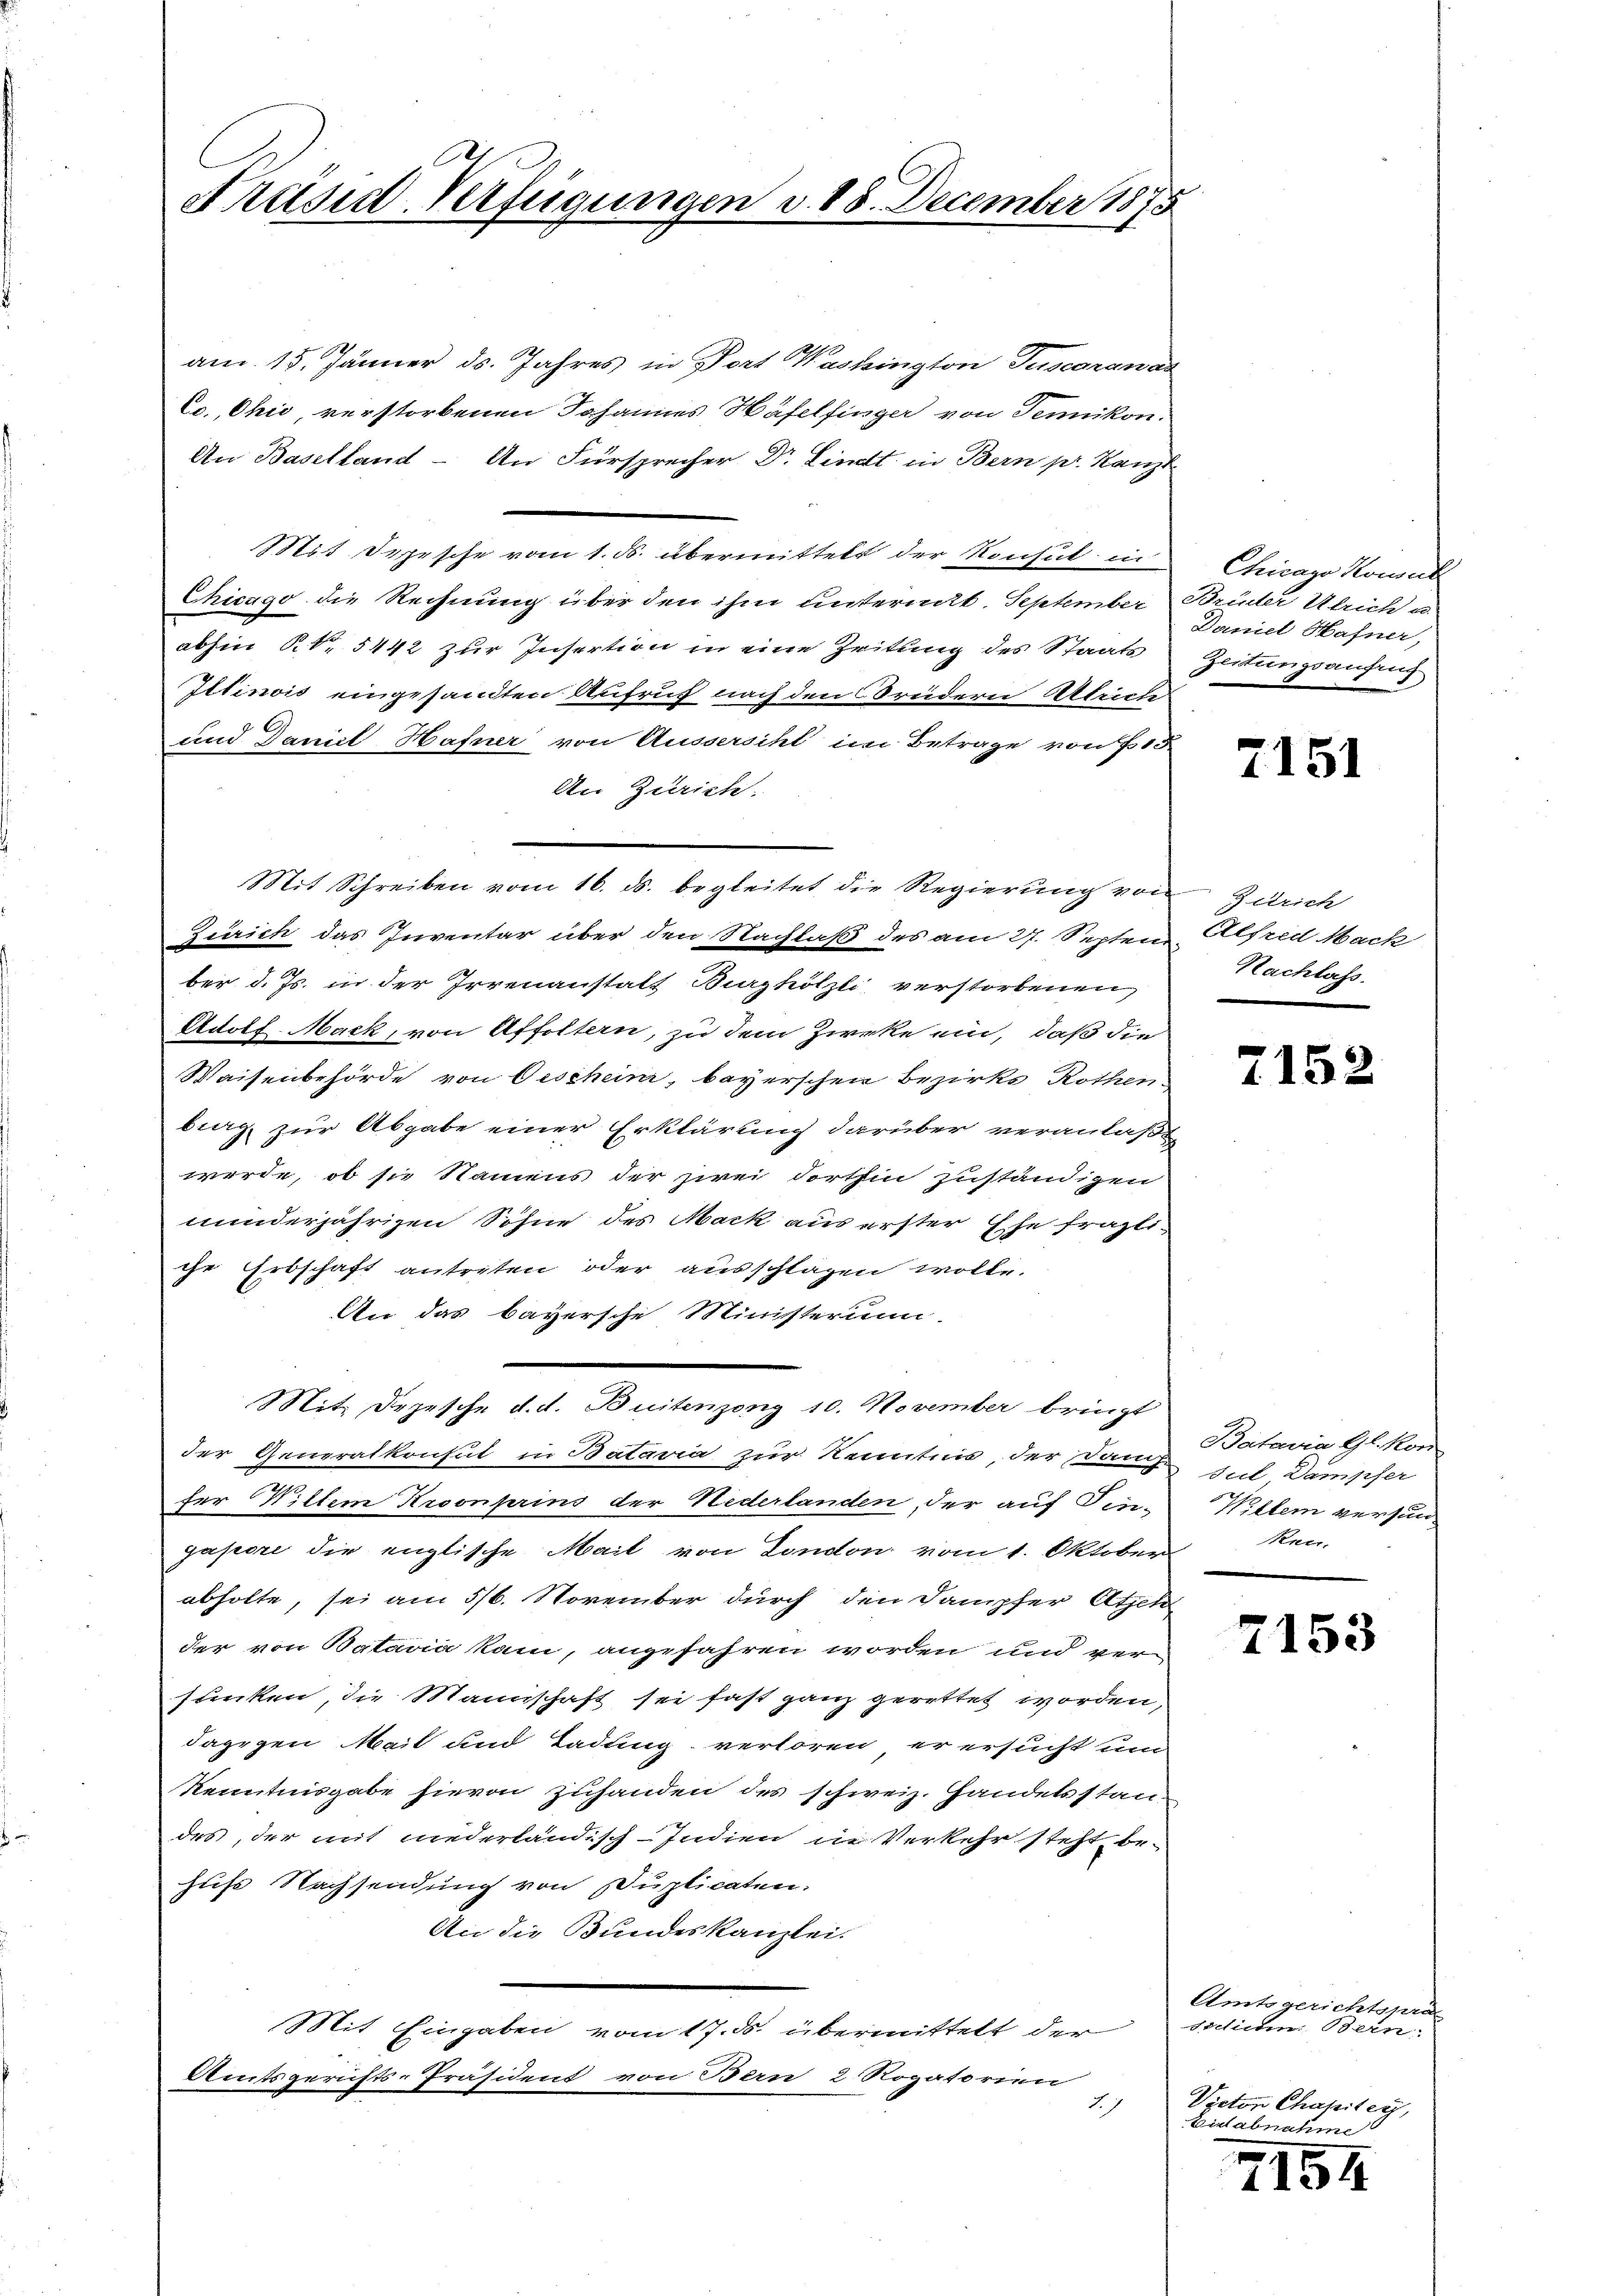
Präsid-Verfügungen v. 18. December 1875

am 15. Jänner ds. Jahres in Port Washington Tuscaranad
Co. Ohić verstorbenen Johannes Häfelfinger von Senikon:
An Baselland - An Fürsprecher Dr. Lindt in Bern pr. Kanzl
Mit Depesche vom 1. d. übermittelt der Konsul in
Chicago die Rechnung über den ihm unternit. September Brüder Ulrich u.
abhin R. 5442 zur Insertion in eine Zeitung des Staats
Itinois eingesandten Aufruf nach den Brüdern Attriche
und Daniel Hafner von Aussersicht im Betrage von 13
An Zürich.
Zürich das Inventar über den Nachlaß des am 27. Septen
ber d. Js. in der Irrenanstalt Burghölzli verstorbenen
Adolf Mack, von Affoltern, zu dem Zieke ein, daß die
Waisenbehörde von Oescheim, bayerschen Bezirks Rothen,
bieg zur Abgabe einer Erklärung darüber veranlaßt,
werde, ob sie Namens der zwei dorthin zuständigen
minderjährigen Söhne des Mack aus erster Ehe fragliche Erbschaft antreten oder ausschlagen wolle.
An das bayersche Ministerum.
it. Depesche d. d. Buitenzeng 10. November bringt
der Generalkonft in Bataria zur Kenntnis, der Dann
der Wiltem Kronprins der Nederlanden, der auf Fin-
gapore die englische Mail von London vom 1. Oktober
abholte, sei am 5/6. November durch den Dampfer Atsch
der von Batavia kam, angefahren worden und ver-
sunken, die Mannschaft sei fast ganz gerettet worden,
dagegen Mail und Ladung verloren, er ersucht um
Kenntnisgabe hievon Zuhanden des schweiz. Handelsstandes, der mit niederländisch-Indien in Verkehr steht, behus Nachsendung von Duplicaten.
An die Bundeskanzlei.
Mit Eingaben vom 17. ds. übermittelt der
Amtsgerichts-Präsident von Bern 2 Rogatorien
7.7

Mit Schreiben vom 16. ds. begleitet die Regierung von Zürich

Chicago Kowal
Daniel Hafner,
Zeitungsanfruch

7151

Alfred Mack
Nachlass.

7152

Betaria Gehor
sul Dampfer
Willem versun
ken.

7153

Amtsgerichtspräs
Aichiehen Bern:
Victor Chapiter,
Lidabnahme

7154